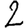
Digit: 2